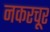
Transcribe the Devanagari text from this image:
नकरचूर